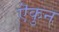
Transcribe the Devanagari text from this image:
ऎकुन